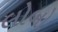
લોબો